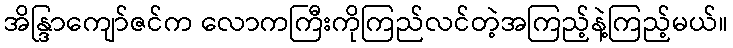
အိန္ဒြာကျော်ဇင်က လောကကြီးကိုကြည်လင်တဲ့အကြည့်နဲ့ကြည့်မယ်။